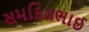
સમકિતભાઈ